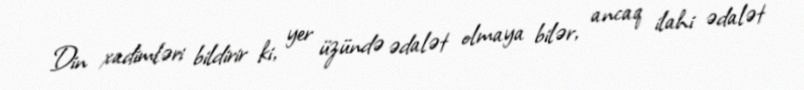
Din xadimləri bildirir ki, yer üzündə ədalət olmaya bilər, ancaq ilahi ədalət